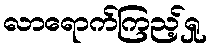
လာရောက်ကြည့်ရှု